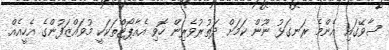
ސާވޭގައި އެންމެ ރަނގަޅު ނޫން ކަމަށް ދަތުރުވެރިން ހޮވި އެއާޕޯޓްތަކަކީ މުވައްޒަފުންގެ އެހީއެއް